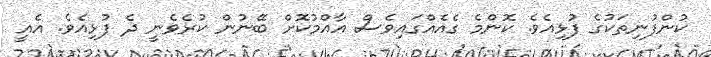
ކުންފުނިތަކުގެ ފުޅިއެވެ. ކޮންމެ ގެއެއްގައިވެސް އާއްމުކޮށް ބޭނުން ކުރެވެނީ ދެ ފުޅިއެވެ. އެއީ